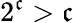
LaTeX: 2^{\mathfrak{c}}>{\mathfrak{c}}